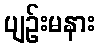
ပျဉ်းမနား